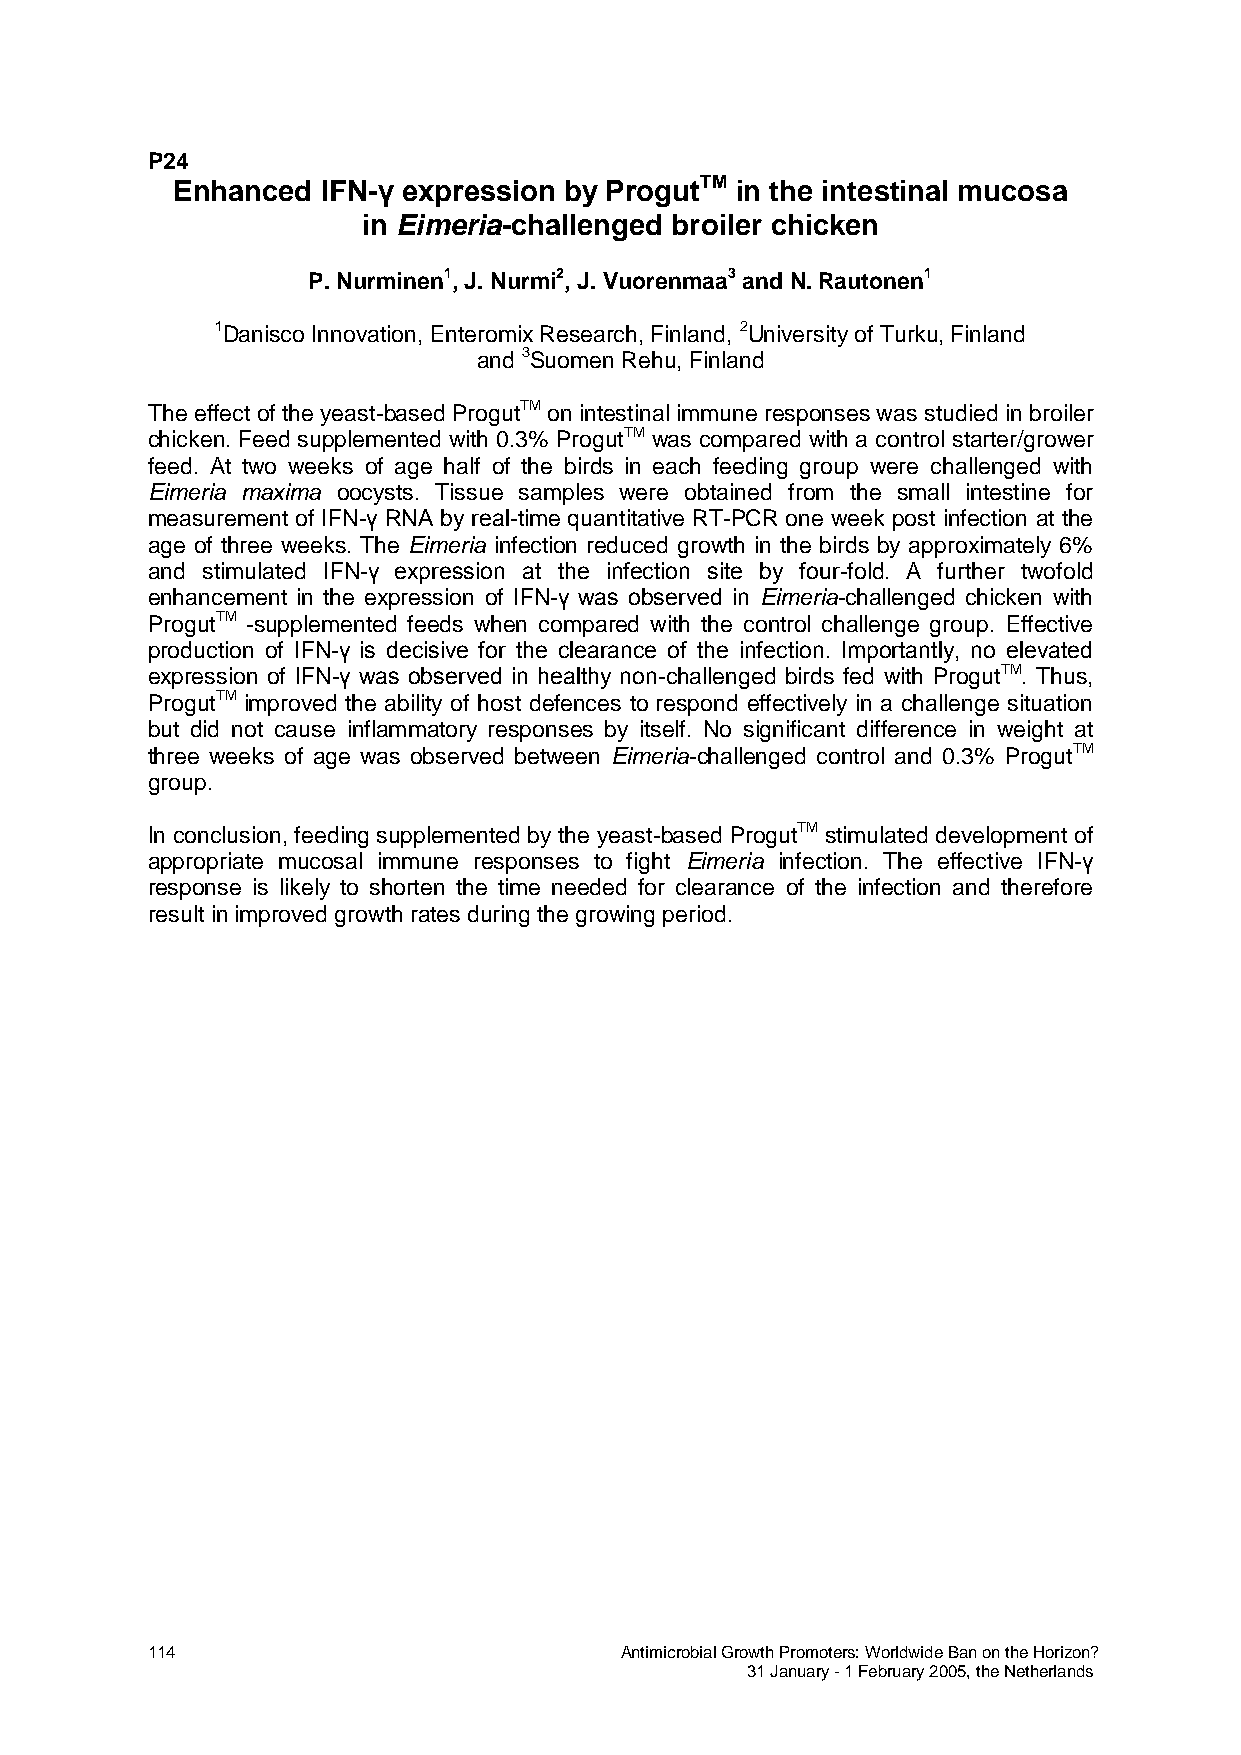
P24
 Enhanced  IFN-γ expression by ProgutTM in the intestinal mucosa
 in Eimeria-challenged broiler chicken
 P. Nurminen1, J. Nurmi2, J. Vuorenmaa3 and N. Rautonen1
 1Danisco Innovation, Enteromix Research, Finland, 2University of Turku, Finland
 and 3Suomen Rehu, Finland
 The effect of the yeast-based ProgutTM on intestinal immune responses was studied in broiler
 chicken. Feed supplemented with 0.3% ProgutTM was compared with a control starter/grower
 feed. At two weeks of age half of the birds in each feeding group were challenged with
 Eimeria maxima oocysts. Tissue samples were obtained from the small intestine for
 measurement of IFN-γ RNA by real-time quantitative RT-PCR one week post infection at the
 age of three weeks. The Eimeria infection reduced growth in the birds by approximately 6%
 and stimulated IFN-γ expression at the infection site by four-fold. A further twofold
 enhancement in the expression of IFN-γ was observed in Eimeria-challenged chicken with
 ProgutTM -supplemented feeds when compared with the control challenge group. Effective
 production of IFN-γ is decisive for the clearance of the infection. Importantly, no elevated
 expression of IFN-γ was observed in healthy non-challenged birds fed with ProgutTM. Thus,
 ProgutTM improved the ability of host defences to respond effectively in a challenge situation
 but did not cause inflammatory responses by itself. No significant difference in weight at
 three weeks of age was observed between Eimeria-challenged control and 0.3% ProgutTM
 group.
 In conclusion, feeding supplemented by the yeast-based ProgutTM stimulated development of
 appropriate mucosal immune responses to fight Eimeria infection. The effective IFN-γ
 response is likely to shorten the time needed for clearance of the infection and therefore
 result in improved growth rates during the growing period.
 114                            Antimicrobial Growth Promoters: Worldwide Ban on the Horizon?
 31 January - 1 February 2005, the Netherlands